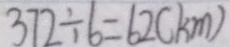
3 7 2 \div 6 = 6 2 ( k m )